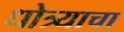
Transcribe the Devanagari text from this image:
धोत्र्याचा